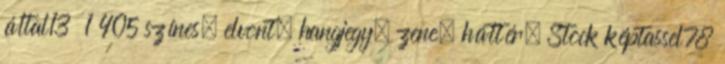
által13 1 405 színes, elvont, hangjegy, zene, háttér. Stock képtassel78